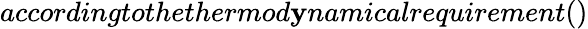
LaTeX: accordingtothethermod\mathbf{y}namicalrequirement()